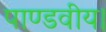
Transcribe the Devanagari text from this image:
पाण्डवीय।